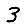
Digit: 3